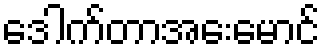
ဒေါက်တာအေးမောင်